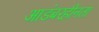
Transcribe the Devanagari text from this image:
आडंबरहीनता